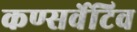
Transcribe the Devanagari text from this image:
कण्सर्वेटिव